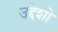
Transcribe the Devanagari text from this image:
उद्देशो